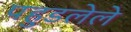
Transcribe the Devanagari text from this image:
पहुडलेले